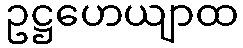
ဥဋ္ဌဟေယျာထ